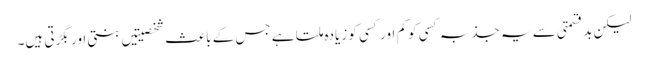
لیکن بدقسمتی سے یہ جذبہ کسی کو کم اور کسی کو زیادہ ملتا ہے جس کے باعث شخصیتیں بنتی اور بگڑتی ہیں۔